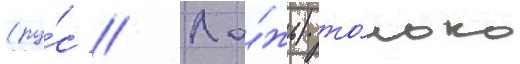
(ру́с // Ло́жь) то́лько